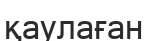
қаулаған